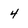
Character: 4